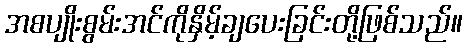
အစပျိုးစွမ်းအင်ကိုနှိမ့်ချပေးခြင်းတို့ဖြစ်သည်။